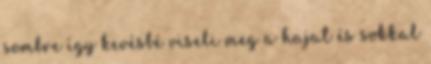
sombre így kevésbé viseli meg a hajat és sokkal